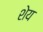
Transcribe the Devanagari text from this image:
शेय